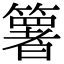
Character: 𥵟